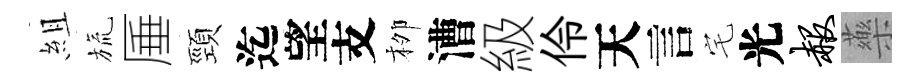
組旒厜頸迄望支栁漕級伶天言宅光赧藥